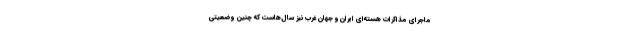
ماجرای مذاکرات هسته‌ای ایران و جهان غرب نیز سال‌هاست که چنین وضعیتی